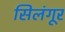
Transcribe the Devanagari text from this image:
सिलंगूर